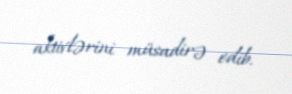
aktivlərini müsadirə edib.